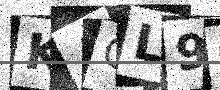
Text: KACL9Q